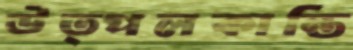
উত্পলকান্তি